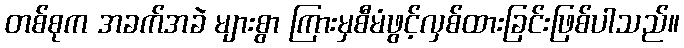
တစ်စုက အခက်အခဲ များစွာ ကြားမှစီမံဖွင့်လှစ်ထားခြင်းဖြစ်ပါသည်။